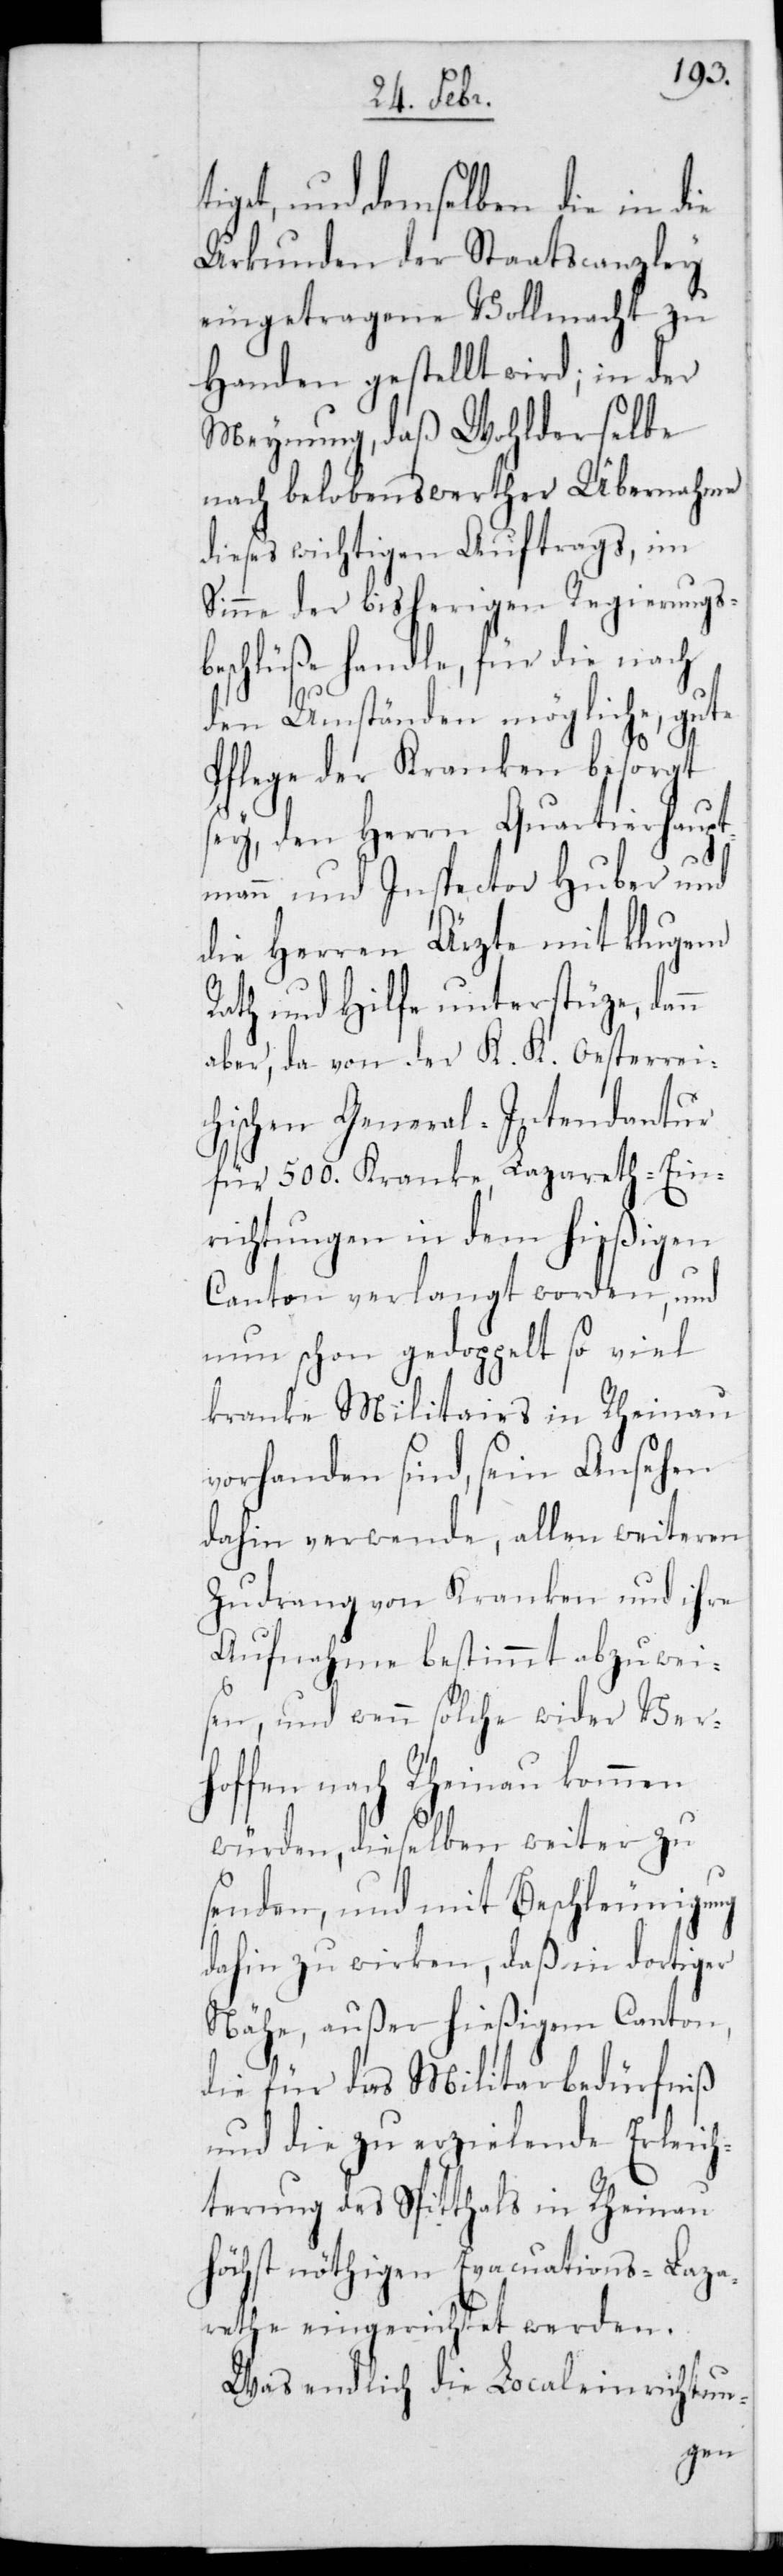
tiget, und demselben die in die
Urkunden der Staatscanzley
eingetragene Vollmacht zu
Handen gestellt wird; in der
Meynung, daß Wohlderselbe
nach belobenswerther Übernahme
dieses wichtigen Auftrags, im
Sinne der bisherigen Regierungs¬
beschlüße handle, für die nach
den Umständen mögliche, gute
Pflege der Kranken besorgt
sey, den Herrn Quartierhaupt¬
mann und Inspector Huber und
die Herren Ärzte mit klugem
Rath und Hilfe unterstütze, dann
aber, da von der K. K. Oesterrei¬
chischen General-Intendantur
für 500. Kranke, Lazareth-Ein¬
richtungen in dem hießigen
Canton verlangt worden, und
nun schon gedoppelt so viel
kranke Militairs in Rheinau
vorhanden sind, sein Ansehen
dahin verwende, allen weiteren
Zudrang von Kranken und ihre
Aufnahme bestimmt abzuwei¬
sen, und wenn solche wider Ver¬
hoffen nach Rheinau kommen
würden, dieselben weiter zu
senden, und mit Beschleunigung
dahin zu wirken, daß in dortiger
Nähe, außer hießigem Canton,
die für das Militairbedürfniß
und die zu erzielende Erleich¬
terung des Spitthals in Rheinau
höchst nöthigen Evacuations-Laza¬
rethe eingerichtet werden.
Was endlich die Localeinrichtun-